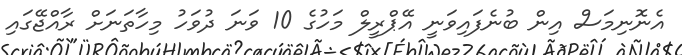
އެނޮނިމަސް އިން ބުނެފައިވަނީ އޭޕްރީލް މަހުގެ 10 ވަނަ ދުވަހު މިހާތަނަށް ރާއްޖޭގައި